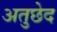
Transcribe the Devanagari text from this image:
अतुछेद